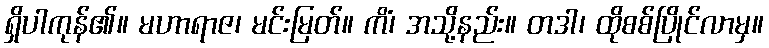
ရှိပါကုန်၏။ မဟာရာဇ၊ မင်းမြတ်။ ကိံ၊ အသို့နည်း။ တဒါ၊ ထိုစစ်ပြိုင်လာမှ။